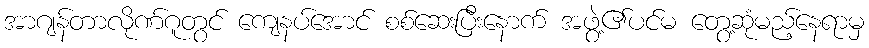
အာဂျန်တာလိုဏ်ဂူတွင် ကျေနပ်အောင် စစ်ဆေးပြီးနောက် အဖွဲ့၏ပင်မ တွေ့ဆုံမည့်နေရာမှ